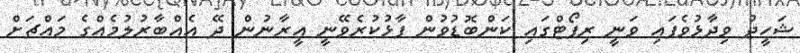
ޝަހީދު ވިދާޅުވެފައި ވަނީ ރިޕޯޓްގައި ކަންބޮޑުވުން ފާޅުކުރެވޭނީ އީރާނުން ދޭ އެއްބާރުލުމެއްގެ މައްޗަށް